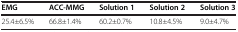
| EMG | ACC-MMG | Solution 1 | Solution 2 | Solution 3 |
 | --- | --- | --- | --- | --- |
 | 25.4±6.5% | 66.8±1.4% | 60.2±0.7% | 10.8±4.5% | 9.0±4.7% |